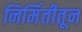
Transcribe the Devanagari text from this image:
निर्मितीतून